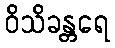
ဝိသိခန္တရေ